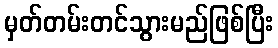
မှတ်တမ်းတင်သွားမည်ဖြစ်ပြီး